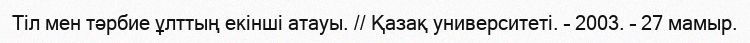
Тіл мен тәрбие ұлттың екінші атауы. // Қазақ университеті. – 2003. – 27 мамыр.